Annual statistical returns and brief notes on vaccination in Bengal - 1896-1909
Year: 1896
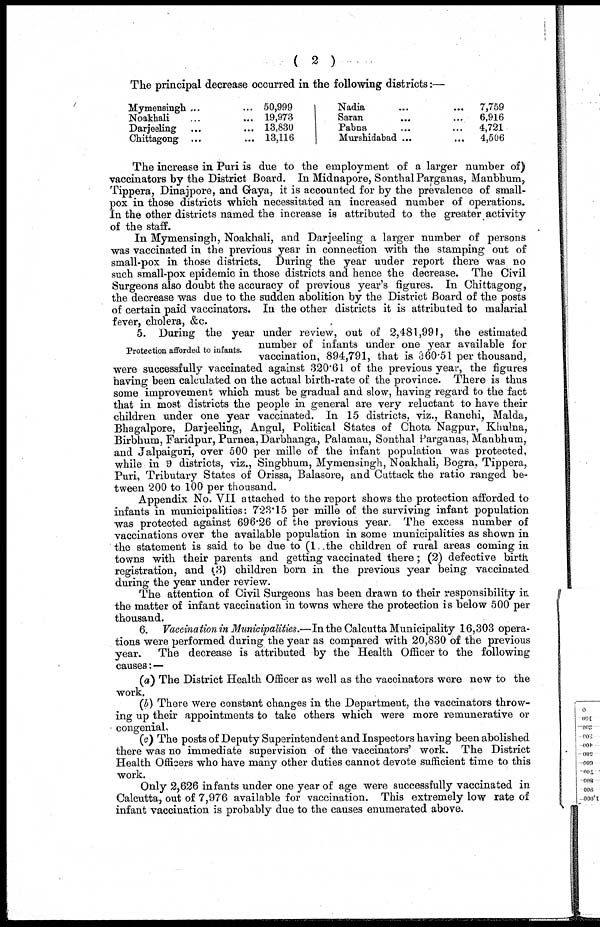
(2)
The principal decrease occurred in the following districts:—
Mymensingh... ...
Noakhali... ...
Darjeeling... ...
Chittagong... ...
50,999
19,973
13,830
13,116
Nadia... ...
Saran...
...
Pabna... ...
Murshidabad... ...
7,759
6,916
4,721
4,506
The increase in Puri is due to the employment of a larger number of)
vaccinators by the District Board. In Midnapore, Sonthal Parganas, Manbhum,
Tippera, Dinajpore, and Gaya, it is accounted for by the prevalence of small-
pox in those districts which necessitated an increased number of operations.
In the other districts named the increase is attributed to the greater activity
of the staff.
In Mymensingh, Noakhali, and Darjeeling a larger number of persons
was vaccinated in the previous year in connection with the stamping out of
small-pox in those districts. During the year under report there was no
such small-pox epidemic in those districts and hence the decrease. The Civil
Surgeons also doubt the accuracy of previous year's figures. In Chittagong,
the decrease was due to the sudden abolition by the District Board of the posts
of certain paid vaccinators. In the other districts it is attributed to malarial
fever, cholera, &c.
Protection afforded to infants.
5. During the year under review, out of 2,481,991, the estimated
number of infants under one year available for
vaccination, 894,791, that is 360.51 per thousand,
were successfully vaccinated against 320.61 of the previous year, the figures
having been calculated on the actual birth-rate of the province. There is thus
some improvement which must be gradual and slow, having regard to the fact
that in. most districts the people in general are very reluctant to have their
children under one year vaccinated. In 15 districts, viz., Ranchi, Malda,
Bhagalpore, Darjeeling, Angul, Political States of Chota Nagpur, Khulna,
Birbhum, Faridpur, Purnea, Darbhanga, Palamau, Sonthal Parganas, Manbhum,
and Jalpaiguri, over 500 per mille of the infant population was protected,
while in 9 districts, viz., Singbhum, Mymensingh, Noakhali, Bogra, Tippera,
Puri, Tributary States of Orissa, Balasore, and Cuttack the ratio ranged be-
tween 200 to 100 per thousand.
Appendix No. VII attached to the report shows the protection afforded to
infants in municipalities: 723.15 per mille of the surviving infant population
was protected against 696.26 of the previous year. The excess number of
vaccinations over the available population in some municipalities as shown in
the statement is said to be due to (1 the children of rural areas coming in
towns with their parents and getting vaccinated there; (2) defective birth
registration, and (3) children born in the previous year being vaccinated
during the year under review.
The attention of Civil Surgeons has been drawn to their responsibility in
the matter of infant vaccination in towns where the protection is below 500 per
thousand.
6. Vaccination in Municipalities.—In the Calcutta Municipality 16,303 opera-
tions were performed during the year as compared with 20,830 of the previous
year. The decrease is attributed by the Health Officer to the following
causes:—
(a) The District Health Officer as well as the vaccinators were new to the
work.
(b) There were constant changes in the Department, the vaccinators throw-
ing up their appointments to take others which were more remunerative or
congenial.
(c) The posts of Deputy Superintendent and Inspectors having been abolished
there was no immediate supervision of the vaccinators' work. The District
Health Officers who have many other duties cannot devote sufficient time to this
work.
Only 2,626 infants under one year of age were successfully vaccinated in
Calcutta, out of 7,976 available for vaccination. This extremely low rate of
infant vaccination is probably due to the causes enumerated above.